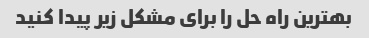
بهترین راه حل را برای مشکل زیر پیدا کنید